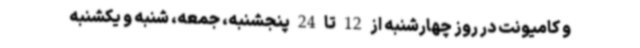
و کامیونت در روز چهارشنبه از 12 تا 24 پنجشنبه، جمعه، شنبه و یکشنبه